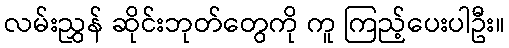
လမ်းညွှန် ဆိုင်းဘုတ်တွေကို ကူ ကြည့်ပေးပါဦး။